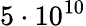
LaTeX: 5\cdot 10^{10}